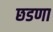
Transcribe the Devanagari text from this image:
छडणा